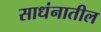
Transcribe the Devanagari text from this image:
साधंनातील